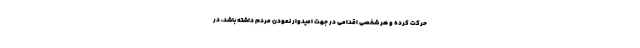
حرکت کرده و هر شخصی اقدامی در جهت امیدوار نمودن مردم داشته باشد، در